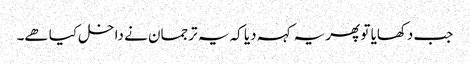
جب دکھایا تو پھر یہ کہہ دیا کہ یہ ترجمان نے داخل کیا ھے۔